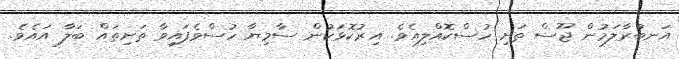
އަނބުރާލަމުން ޖޫސް ތަށި ހުސްކޮއްލިއެވެ. އިރުކޮޅަކުން ސާމިޔާ ހުސްވެފައިވާ ތަށިތައް ބަލާ އައެވެ.